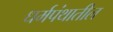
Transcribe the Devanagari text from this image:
धर्मपंथातील